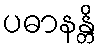
ပဓာနန္တိ